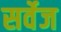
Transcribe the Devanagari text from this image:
सर्वेज